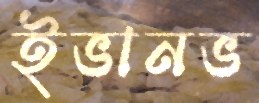
ইভানভ